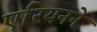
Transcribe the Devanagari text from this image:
एरियनने